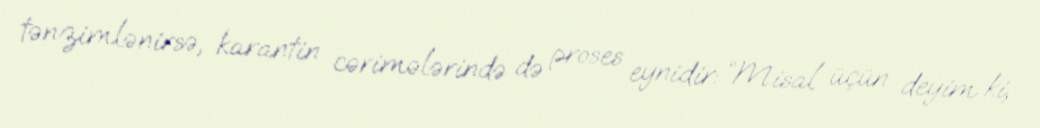
tənzimlənirsə, karantin cərimələrində də proses eynidir: “Misal üçün deyim ki,